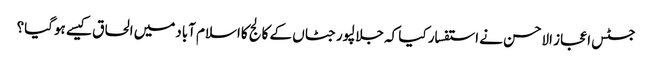
جسٹس اعجاز الاحسن نے استفسار کیا کہ جلالپورجٹاں کے کالج کااسلام آبادمیں الحاق کیسے ہوگیا؟